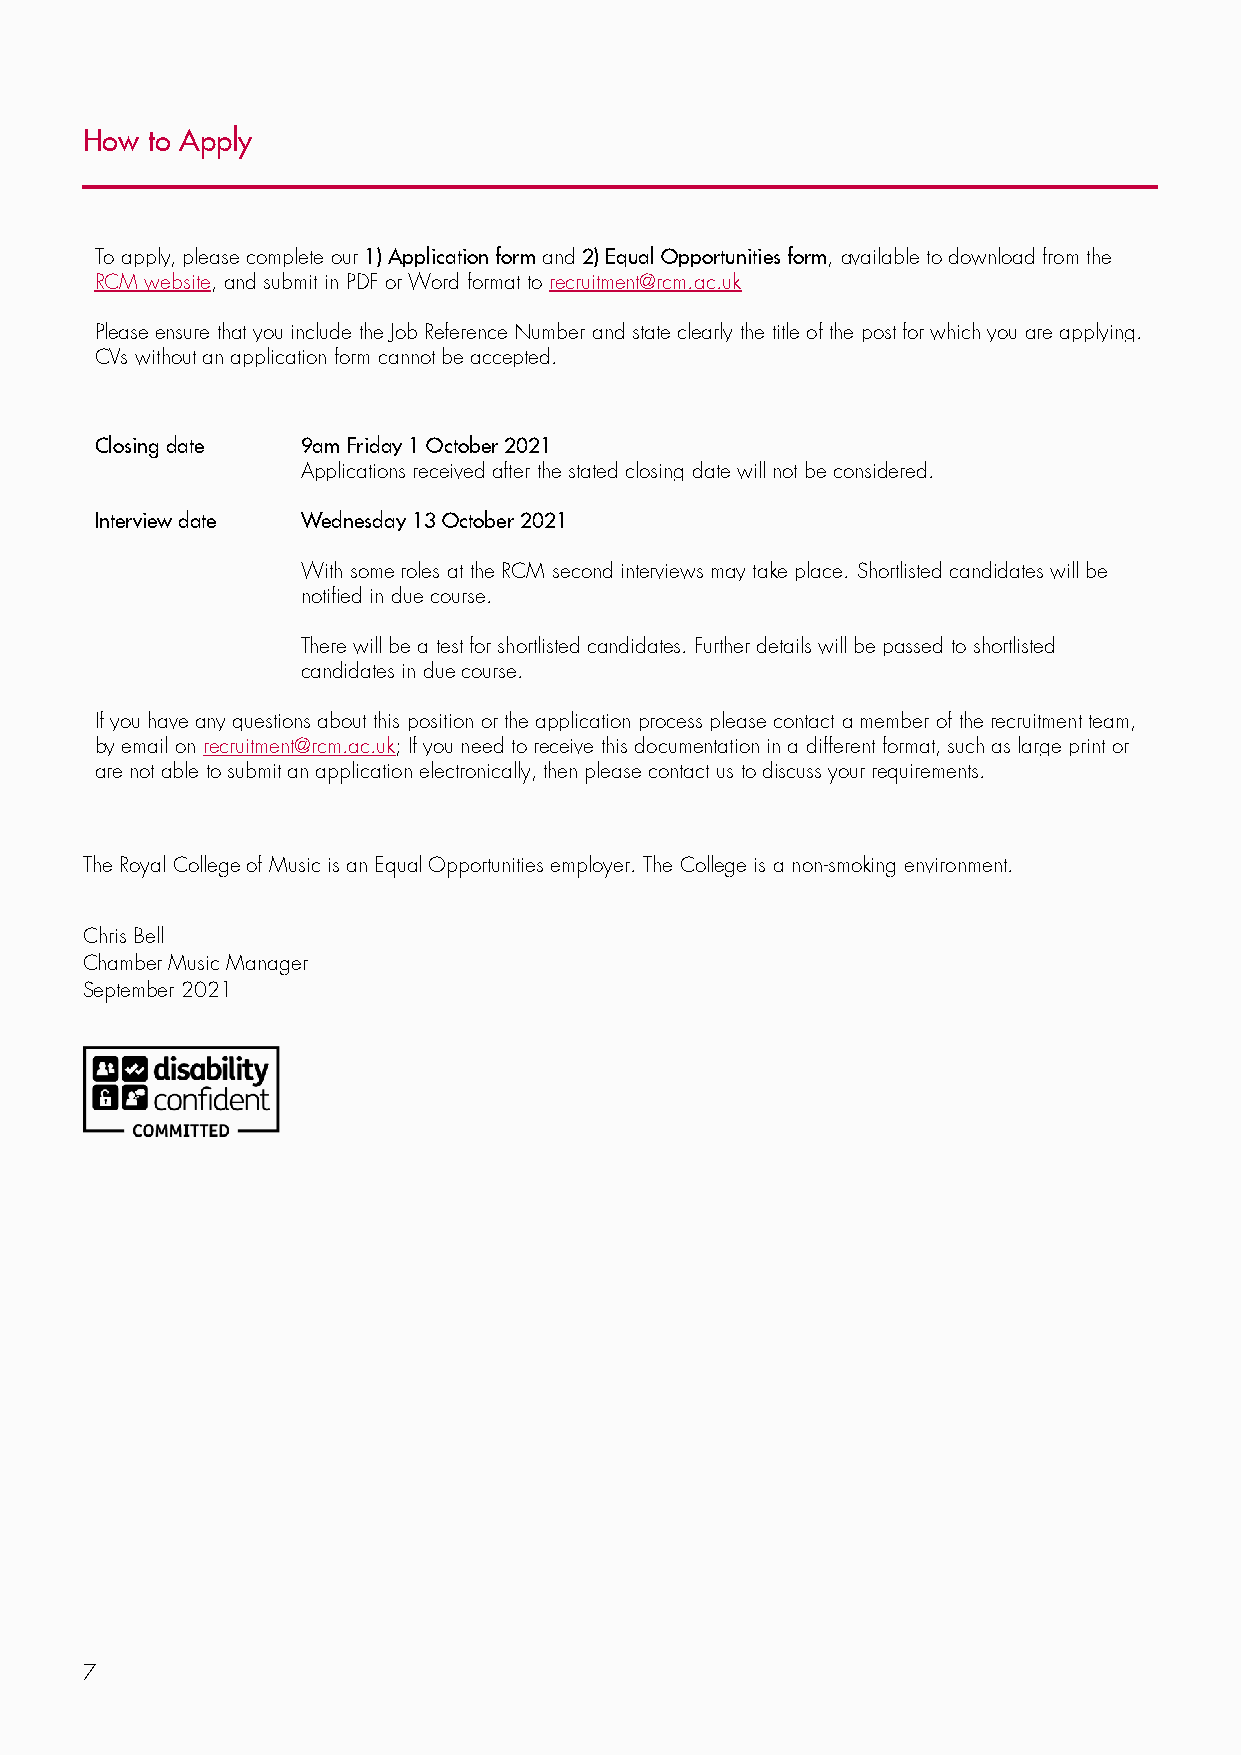
How  to Apply
 To apply, please complete our 1) Application form and 2) Equal Opportunities form, available to download from the
 RCM website, and submit in PDF or Word format to recruitment@rcm.ac.uk
 Please ensure that you include the Job Reference Number and state clearly the title of the post for which you are applying.
 CVs without an application form cannot be accepted.
 Closing date  9am Friday 1 October 2021
 Applications received after the stated closing date will not be considered.
 Interview date Wednesday 13 October 2021
 With some roles at the RCM second interviews may take place. Shortlisted candidates will be
 notified in due course.
 There will be a test for shortlisted candidates. Further details will be passed to shortlisted
 candidates in due course.
 If you have any questions about this position or the application process please contact a member of the recruitment team,
 by email on recruitment@rcm.ac.uk; If you need to receive this documentation in a different format, such as large print or
 are not able to submit an application electronically, then please contact us to discuss your requirements.
 The Royal College of Music is an Equal Opportunities employer. The College is a non-smoking environment.
 Chris Bell
 Chamber Music Manager
 September 2021
 7